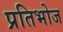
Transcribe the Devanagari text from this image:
प्रतिभोज